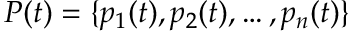
P ( t ) = \{ p _ { 1 } ( t ) , p _ { 2 } ( t ) , \dots , p _ { n } ( t ) \}